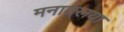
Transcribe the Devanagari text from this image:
मनातलया